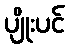
ပျိုးပင်